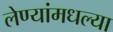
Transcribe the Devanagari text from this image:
लेण्यांमधल्या